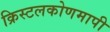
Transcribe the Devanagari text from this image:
क्रिस्टलकोणमापी